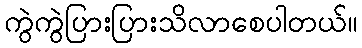
ကွဲကွဲပြားပြားသိလာစေပါတယ်။